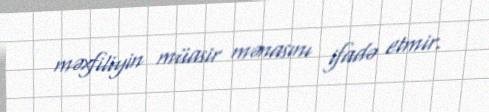
məxfiliyin müasir mənasını ifadə etmir.